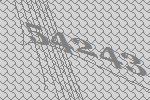
54243